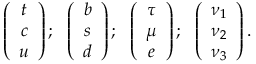
\left( \begin{array} { c } { { t } } \\ { { c } } \\ { { u } } \end{array} \right) ; \ \ \left( \begin{array} { c } { { b } } \\ { { s } } \\ { { d } } \end{array} \right) ; \ \ \left( \begin{array} { c } { { \tau } } \\ { { \mu } } \\ { { e } } \end{array} \right) ; \ \ \left( \begin{array} { c } { { \nu _ { 1 } } } \\ { { \nu _ { 2 } } } \\ { { \nu _ { 3 } } } \end{array} \right) .